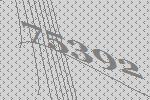
75392